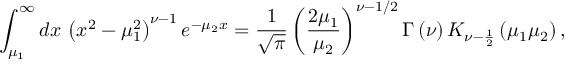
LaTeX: \int _ { \mu _ { 1 } } ^ { \infty } d x \, \left( x ^ { 2 } - \mu _ { 1 } ^ { 2 } \right) ^ { \nu - 1 } e ^ { - \mu _ { 2 } x } = \frac { 1 } { \sqrt { \pi } } \left( \frac { 2 \mu _ { 1 } } { \mu _ { 2 } } \right) ^ { \nu - 1 / 2 } \Gamma \left( \nu \right) K _ { \nu - \frac { 1 } { 2 } } \left( \mu _ { 1 } \mu _ { 2 } \right) ,